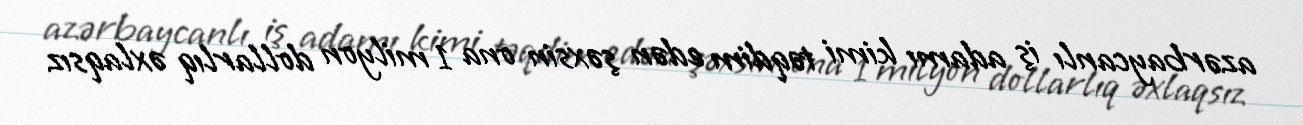
azərbaycanlı iş adamı kimi təqdim edən şəxsin ona 1 milyon dollarlıq əxlaqsız